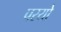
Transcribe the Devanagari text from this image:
परयो